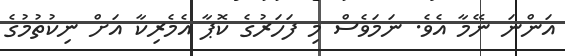
އަންނަ ނޭމާ އެވެ. ނަމަވެސް މި ފަހަރުގެ ކޮޕާ އެމެރިކާ އަށް ނިކުތުމުގެ